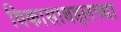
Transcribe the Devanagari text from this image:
विकासाबद्दलच्या